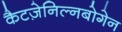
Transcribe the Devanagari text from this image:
कैटज़ेनिल्नबोगेन